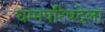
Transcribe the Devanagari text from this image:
धम्मपरिषदेला